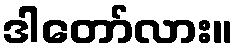
ဒါတော်လား။